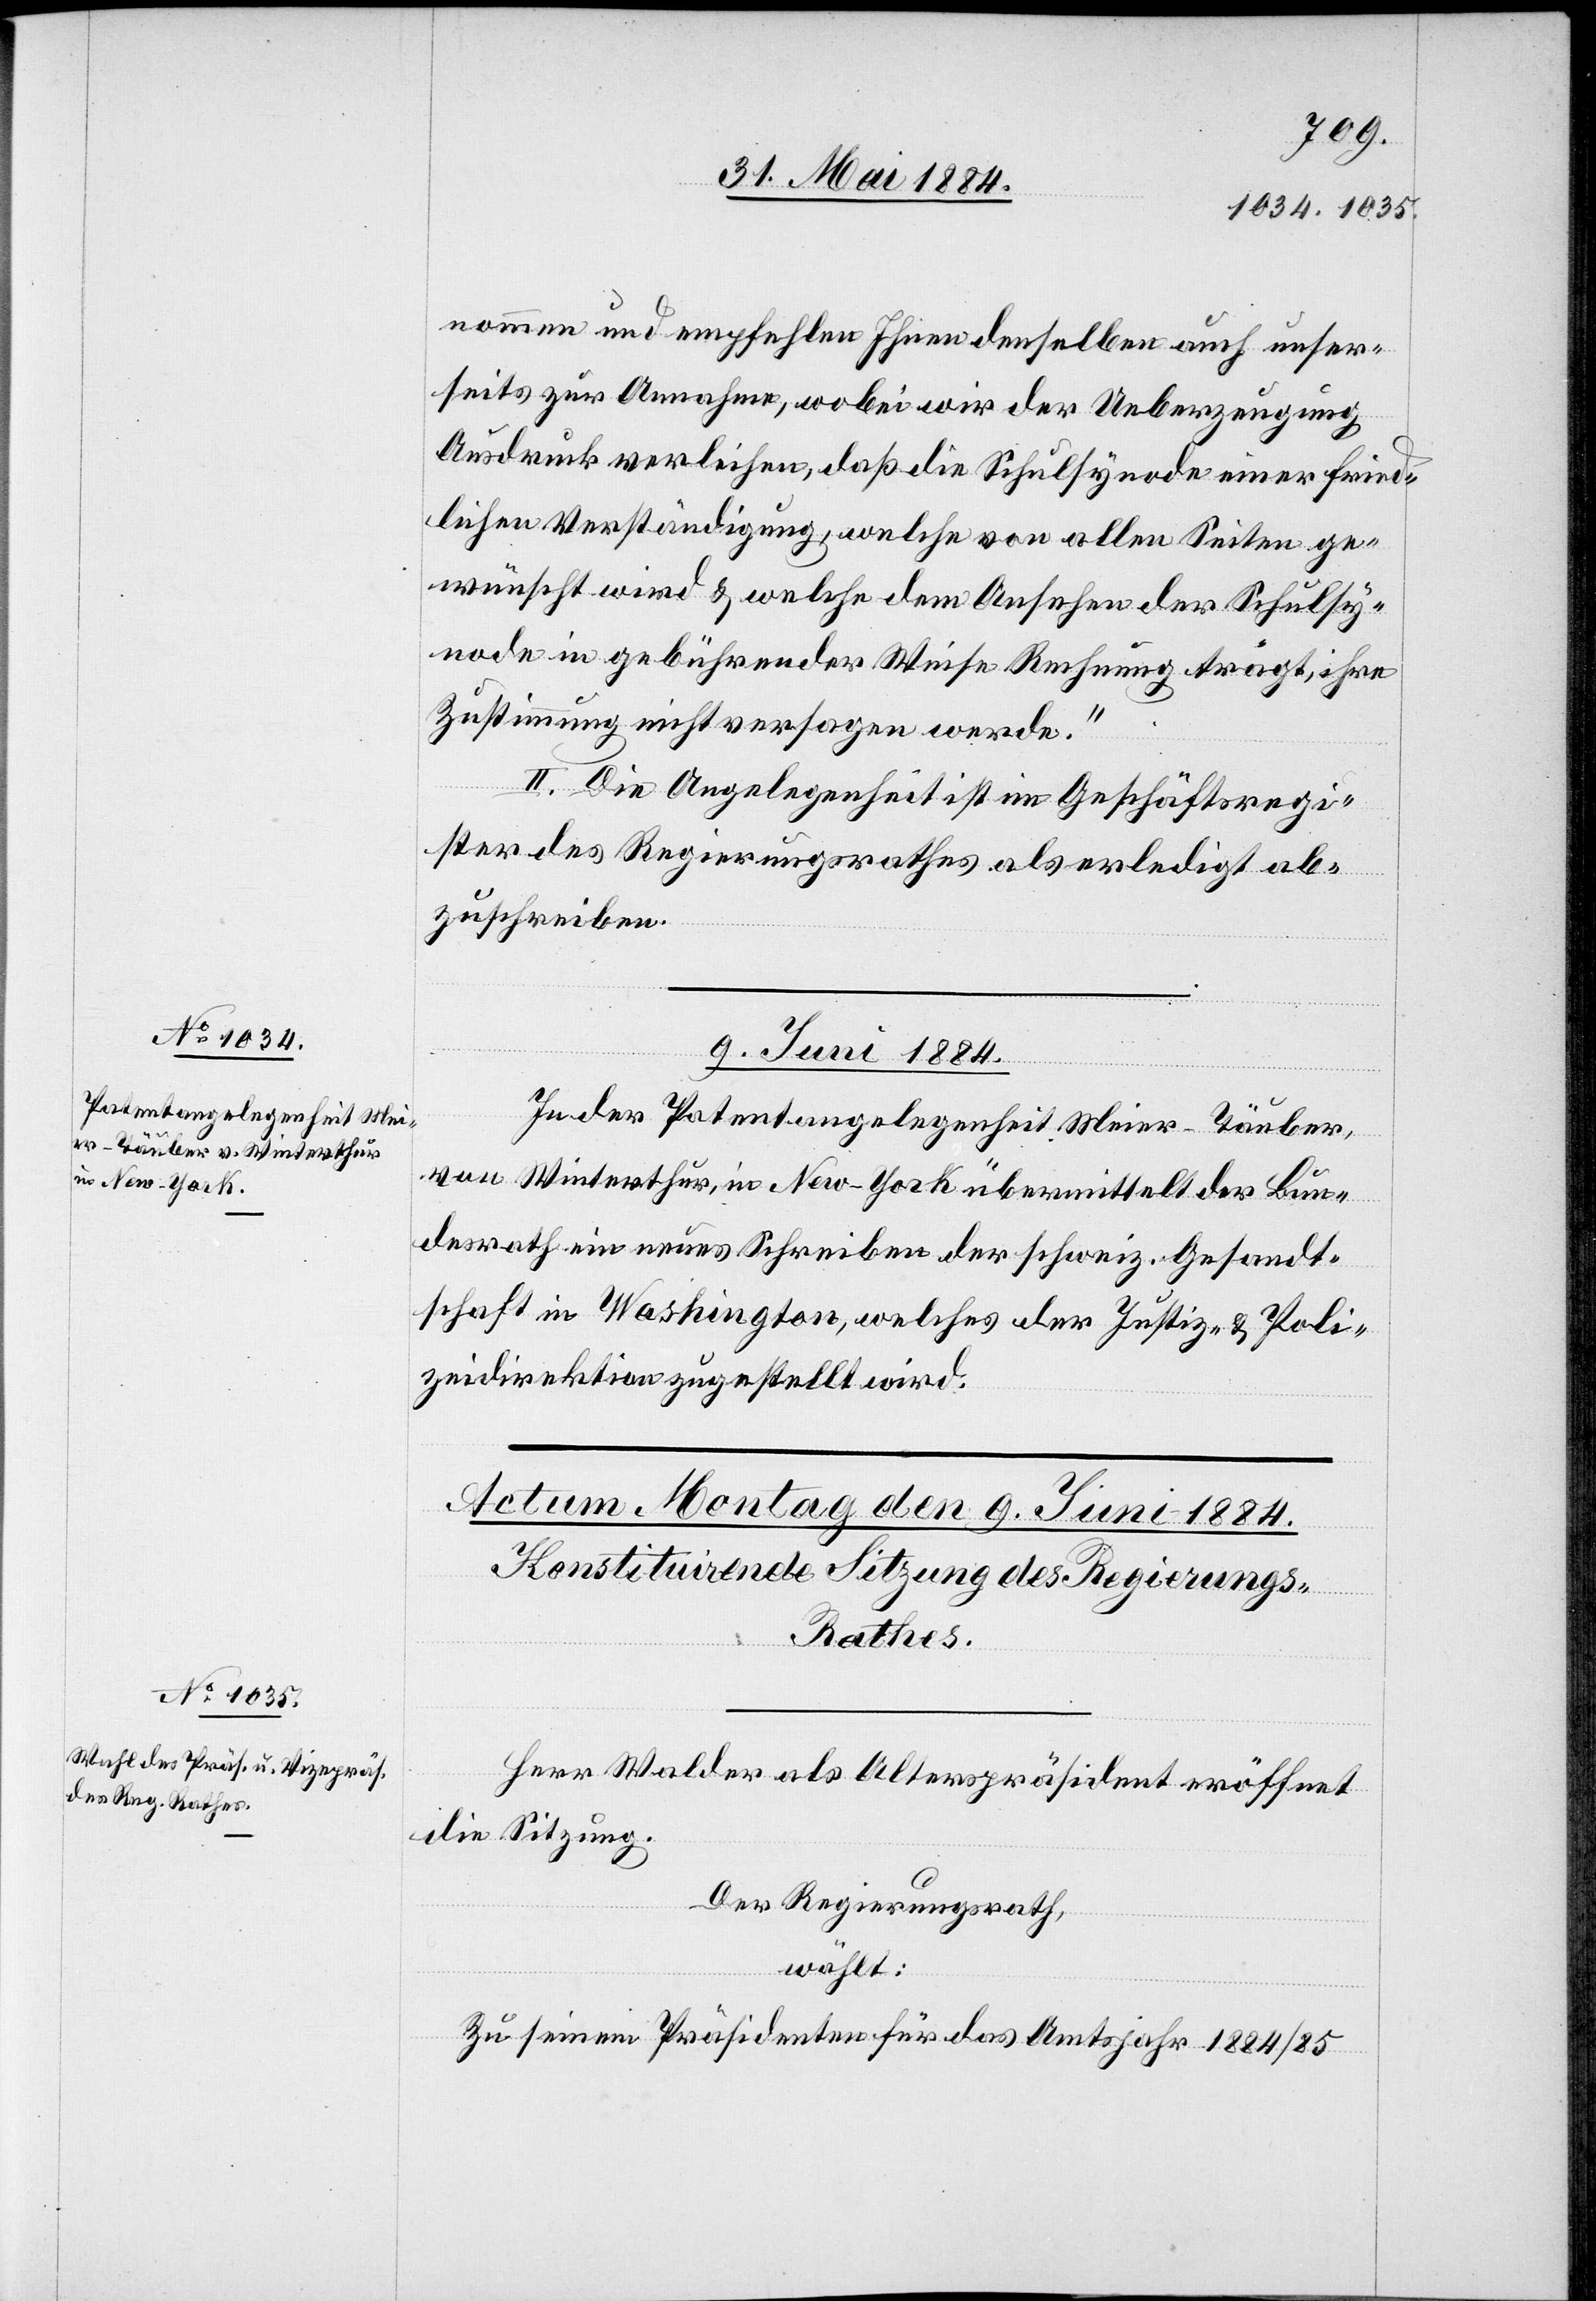
nommen und empfehlen Ihnen denselben auch unser¬
seits zur Annahme, wobei wir der Ueberzeugung
Ausdruck verleihen, daß die Schulsynode einer fried¬
lichen Verständigung, welche von allen Seiten ge¬
wünscht wird & welche dem Aufsehen der Schulsy¬
node in gebührender Weise Rechnung trägt, ihre
Zustimmung nicht versagen werde.“
II. Die Angelegenheit ist im Geschäftsregi¬
ster des Regierungsrathes als erledigt ab¬
zuschreiben.
09. Juni 1884.
In der Patentangelegenheit Meier-Täuber,
von Winterthur, in New-York übermittelt der Bun¬
desrath ein neues Schreiben der schweiz. Gesandt¬
schaft in Washington, welches der Justiz- & Poli¬
zeidirektion zugestellt wird.
Herr Walder als Alterspräsident eröffnet
die Sitzung.
Der Regierungsrath,
wählt:
Zu seinem Präsidenten für das Amtsjahr 1884/85